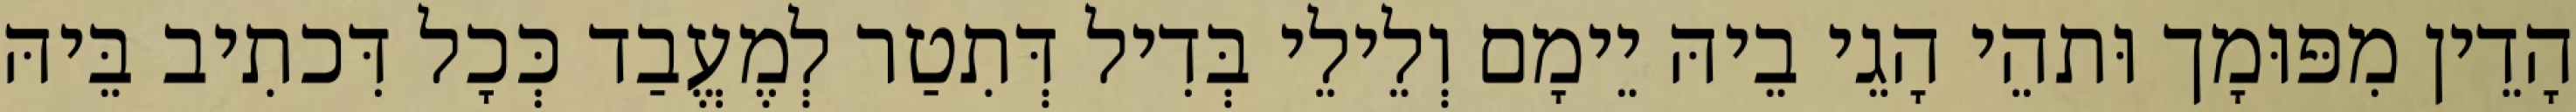
הָדֵין מִפּוּמָך וּתהֵי הָגֵי בֵיהּ יֵימָם וְלֵילֵי בְּדִיל דְּתִטַר לְמֶעֱבַד כְּכָל דִּכתִיב בֵּיהּ